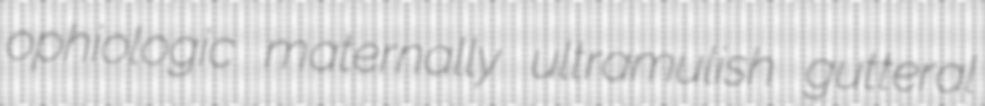
ophiologic maternally ultramulish gutteral